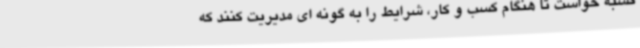
کسبه خواست تا هنگام کسب و کار، شرایط را به گونه ای مدیریت کنند که